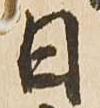
日